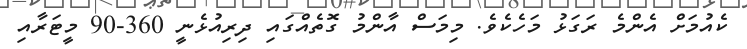
ކެއުމަށް އެންމެ ރަގަޅު މަހެކެވެ. މިމަސް އާންމު ގޮތެއްގައި ދިރިއުޅެނީ 360-90 މީޓަރާއި